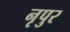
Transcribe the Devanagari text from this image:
नृपुर